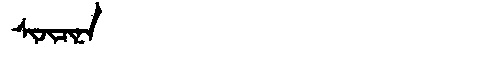
Manchu: ᠰᡳᠵᡳᠴᡳᠨᠠ
Romanization: SIJICINA